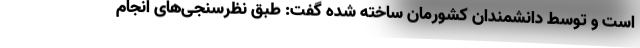
است و توسط دانشمندان کشورمان ساخته شده گفت: طبق نظرسنجی‌های انجام